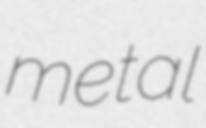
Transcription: metal